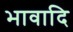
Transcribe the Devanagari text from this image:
भावादि